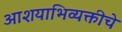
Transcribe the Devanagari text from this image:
आशयाभिव्यक्तीचे